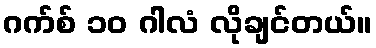
ဂက်စ် ၁၀ ဂါလံ လိုချင်တယ်။